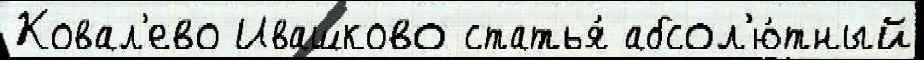
Ковал'ево Ивашково статья́ абсол'ю́тный